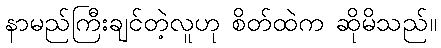
နာမည်ကြီးချင်တဲ့လူဟု စိတ်ထဲက ဆိုမိသည်။